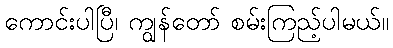
ကောင်းပါပြီ၊ ကျွန်တော် စမ်းကြည့်ပါမယ်။